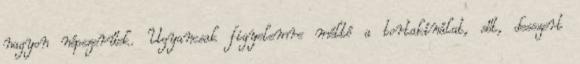
nagyon népszerűek. Ugyancsak figyelemre méltó a tortakínálat, sőt, desszert